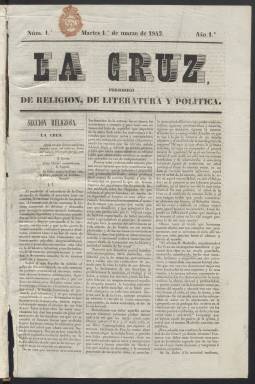
Título: La Cruz (Madrid. 1842)
Colección: Periódicos anteriores a 1850
Ámbito geográfico: Madrid
Lugar de publicación: Madrid
Fechas: 01/03/1842-09/08/1842